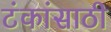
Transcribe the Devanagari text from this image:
टंकांसाठी